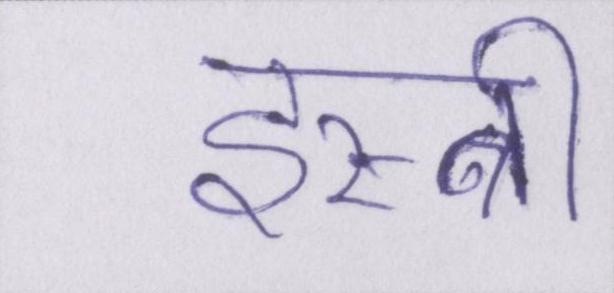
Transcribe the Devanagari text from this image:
इस्त्री